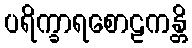
ပရိက္ခာရစောဠကန္တိ